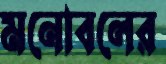
মনোবলের